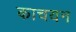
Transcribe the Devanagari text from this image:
काचयन